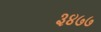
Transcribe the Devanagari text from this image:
३४७७